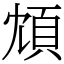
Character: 䪴